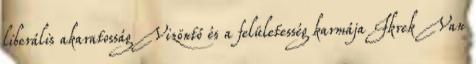
liberális akaratosság Vizöntő és a felületesség karmája Ikrek Van